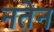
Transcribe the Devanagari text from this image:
नतेन